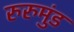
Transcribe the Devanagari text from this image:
रुरुमुंड